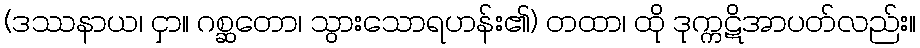
(ဒဿနာယ၊ ငှာ။ ဂစ္ဆတော၊ သွားသောရဟန်း၏) တထာ၊ ထို ဒုက္ကဋိအာပတ်လည်း။